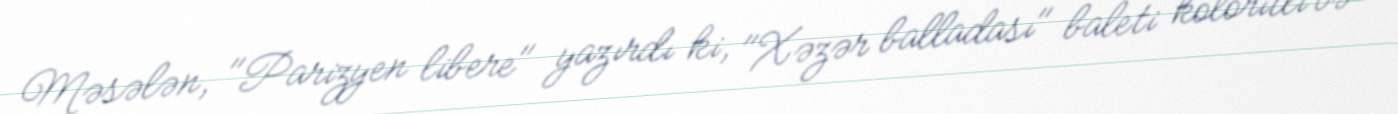
Məsələn, "Parizyen libere" yazırdı ki, "Xəzər balladası" baleti koloritli və